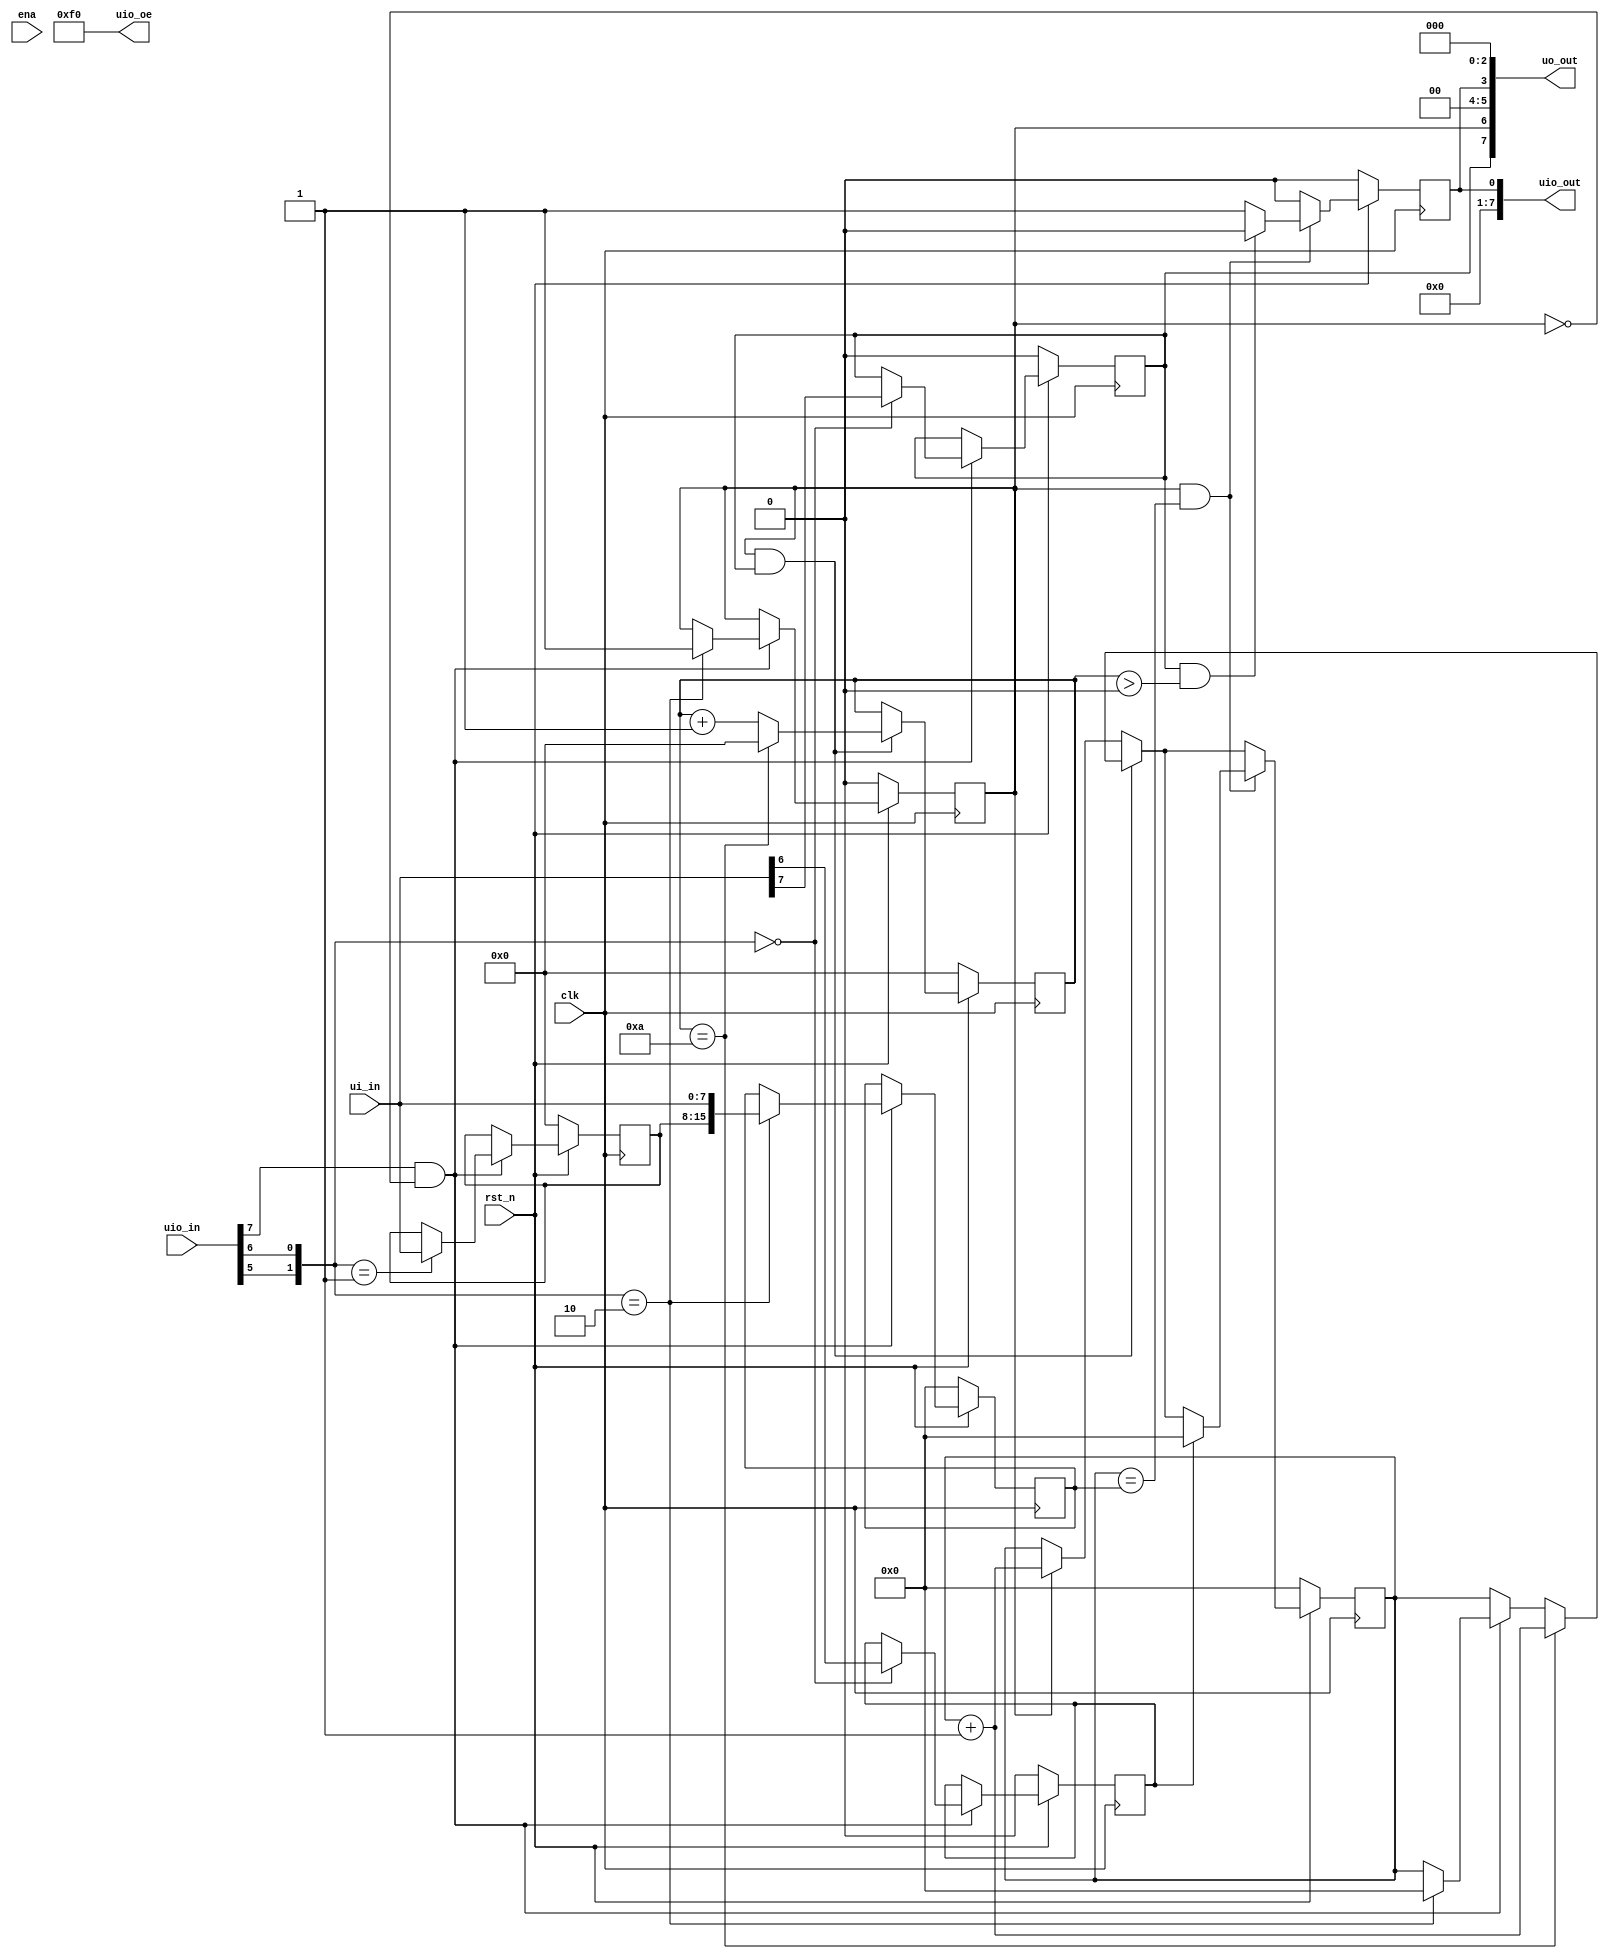
`default_nettype none
`timescale 1ns/1ps

module tt_um_minipit_stevej (
    input  wire [7:0] ui_in,    // Dedicated inputs - dedicated to the config bytes
    output wire [7:0] uo_out,   // Dedicated outputs - dedicated to status
    /* verilator lint_off UNUSEDSIGNAL */
    input  wire [7:0] uio_in,   // IOs: Bidirectional Input path
    output wire [7:0] uio_out,  // IOs: Bidirectional Output path
    output wire [7:0] uio_oe,   // IOs: Bidirectional Enable path (active high: 0=input, 1=output)
    /* verilator lint_off UNUSEDSIGNAL */
    input  wire       ena,      // will go high when the design is enabled
    input  wire       clk,      // clock
    input  wire       rst_n     // reset_n - low to reset
);

    wire reset = ! rst_n;
    wire [7:0] status;

    // registers derived from config byte 0
    reg divider_on;
    reg repeating;
    reg counter_set;
    reg interrupting;

    wire we;
    assign we = uio_in[7];

    // wherein we need temporary storage
    reg [7:0] temp_counter;

    // the first four bits are writable by the user
    // the last four bits are writable by the design
    assign uio_oe = 8'b1111_0000;

    // counter derived from config byte 1 concatenated with config byte 0
    reg [15:0] counter;
    reg [15:0] current_count;

    // A counter to use when the divider is enabled
    reg [7:0] divider_count;

    // uo_out is always a status byte
    assign uo_out = {divider_on, counter_set, 1'b0, 1'b0, interrupting, 1'b0, 1'b0, 1'b0};
    assign uio_out = {1'b0, 1'b0, 1'b0, 1'b0, 1'b0, 1'b0, 1'b0, interrupting};

    always @(posedge clk) begin
        // if reset, set counter to 0
        if (reset) begin
            counter <= 0;
            current_count <= 0;
            counter_set <= 0;
            divider_on <= 0;
            divider_count <= 0;
            interrupting <= 0;
            repeating <= 0;
            temp_counter <= 8'b0;
        end else begin
            // set config bits from ui_in;
            if (we && !counter_set) begin
                // FIXME: if we construct the register below, we get latching which causes timing errors.
                // config_address <= {uio_in[5], uio_in[6]};
                case ({uio_in[5], uio_in[6]})
                    2'b00: begin // write config registers
                        divider_on <= ui_in[7];
                        repeating <= ui_in[6];
                    end
                    2'b01: begin // counter high byte
                        temp_counter <= ui_in;
                    end
                    2'b10: begin // counter low byte
                        counter <= {temp_counter, ui_in};
                        current_count <= 0;
                        counter_set <= 1;
                    end
                    default: begin end
                endcase
            end // end config logic

            if (counter_set && divider_on) begin
                divider_count <= divider_count + 1;
                if (divider_count == 10) begin
                    divider_count <= 0; // reset
                    current_count <= current_count + 1;
                end
            end else if (counter_set) begin
                current_count <= current_count + 1;
            end else begin
                current_count <= current_count;
            end

            if (counter_set && (current_count == counter)) begin
                // pull interrupt line high for one clock cycle
                interrupting <= 1;
                if (repeating) begin
                    current_count <= 0;
                end
                // on a rollover of divider_count, reset the interrupt
                if (divider_on && (divider_count > 0)) begin
                    interrupting <= 0;
                end
            end else begin
                interrupting <= 0;
            end
        end
    end
endmodule